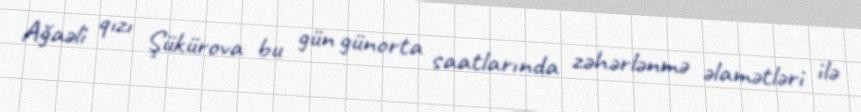
Ağaəli qızı Şükürova bu gün günorta saatlarında zəhərlənmə əlamətləri ilə